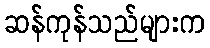
ဆန်ကုန်သည်များက